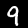
Label: 9